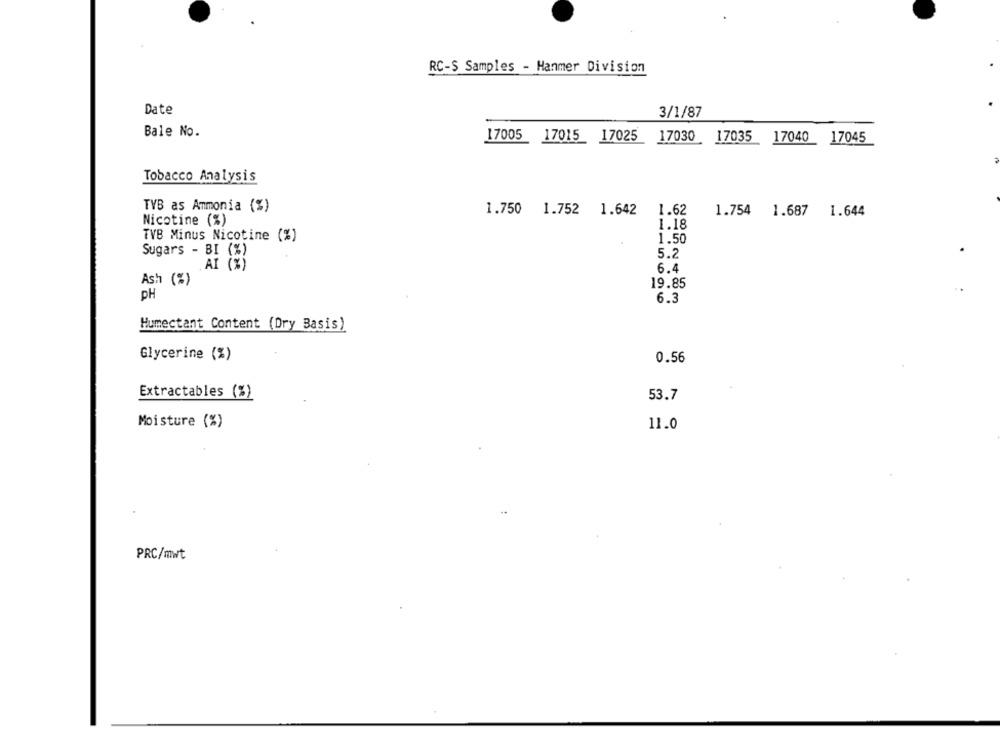
RC-S Samples - Hanmer Division
Date
3/1/87
Bale No.
17005 17015 17025
17030
17035
17040
17045
Tobacco Analysis
TYB as Ammonia (%)
1.750 1.752 1.642
1.62
1.687
1.754
1.644
Nicotine (%)
1.18
TVB Minus Nicotine (%)
1.50
Sugars - BI (%)
5.2
AI (%)
6.4
Ash (%)
19.85
PH
6.3
Humectant Content (Dry Basis)
Glycerine (%)
0.56
Extractables (%)
53.7
Moisture (%)
11.0
PRC/mwt